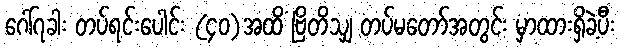
ဂေါ်၇ခါး တပ်ရင်းပေါင်း (၄၀)အထိ ဗြိတိသျှ တပ်မတော်အတွင်း မှာထားရှိခဲ့ပီး